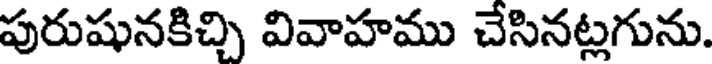
పురుషునకిచ్చి వివాహము చేసినట్లగును.